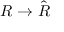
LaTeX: R \to { \hat { R } }